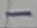
Text: -